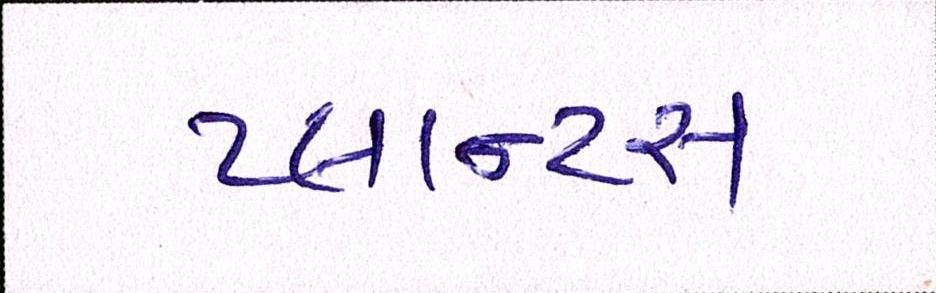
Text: પ્લાન્ટસ